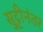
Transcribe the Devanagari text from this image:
सुट्टीनंतर